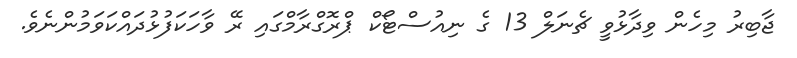
ޖާބިރު މިހެން ވިދާޅުވީ ޗެނަލް 13 ގެ ނިއުސްޓޯކް ޕްރޮގްރާމްގައި ރޭ ވާހަކަފުޅުދައްކަވަމުންނެވެ.